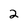
Character: 2